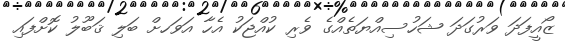
ޒޯއީފަދަ ވަރުގަދަ ޝަހުސިއްޔަތެއްގެ ވެރި ކުއްޖަކު އެހާ އަވަހށް ބަލި ޤަބޫލު ކޮށްފައި